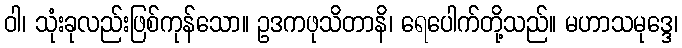
ဝါ၊ သုံးခုလည်းဖြစ်ကုန်သော။ ဥဒကဖုသိတာနိ၊ ရေပေါက်တို့သည်။ မဟာသမုဒ္ဒေ၊